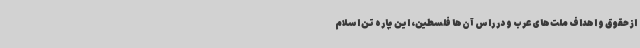
از حقوق و اهداف ملت‌های عرب و در راس آن‌ها فلسطین، این پاره تن اسلام